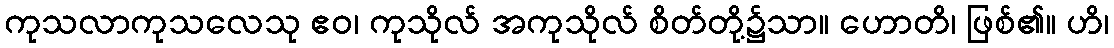
ကုသလာကုသလေသု ဧဝ၊ ကုသိုလ် အကုသိုလ် စိတ်တို့၌သာ။ ဟောတိ၊ ဖြစ်၏။ ဟိ၊